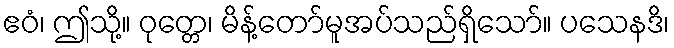
ဧဝံ၊ ဤသို့။ ဝုတ္တေ၊ မိန့်တော်မူအပ်သည်ရှိသော်။ ပသေနဒိ၊